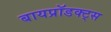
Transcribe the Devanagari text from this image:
बायप्रॉडक्ट्स